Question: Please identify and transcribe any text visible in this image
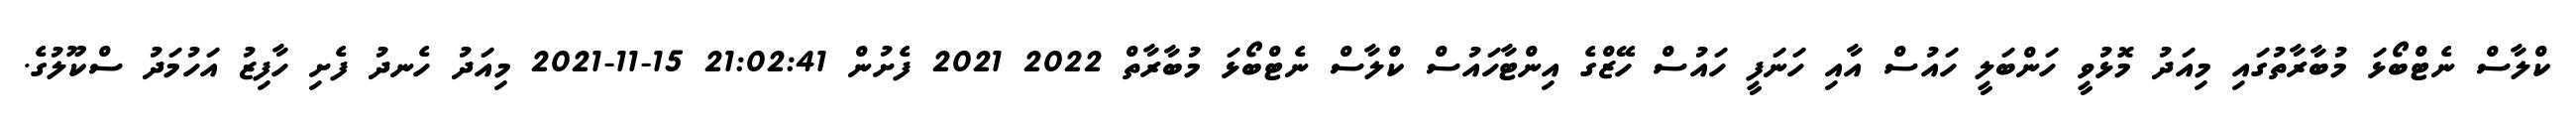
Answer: ކްލާސް ނެޓްބޯޅަ މުބާރާތުގައި މިއަދު މޮޅުވީ ހަންބަލީ ހައުސް އާއި ހަނަފީ ހައުސް ހޭޒްގެ އިންޓާހައުސް ކްލާސް ނެޓްބޯޅަ މުބާރާތް 2022 2021 ފެށުން 21:02:41 15-11-2021 މިއަދު ހެނދު ފެށި ހާފިޒު އަހުމަދު ސްކޫލުގެ.